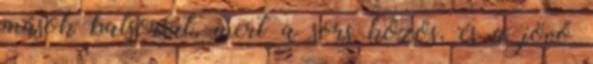
mások balsorsát, mert a sors közös, és a jövő